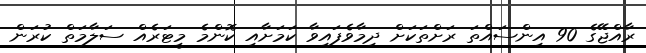
ރާއްޖޭގެ 90 އިންސައްތަ ރަށްތަކަށް ދިމާވެފައިވާ ކަމަށާއި ކޮންމެ މީޓަރެެއް ސަލާމަތް ކުރަން